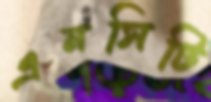
এনসিটি